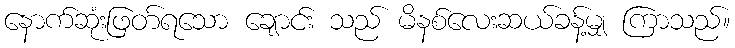
နောက်ဆုံးဖြတ်ရသော ချောင်း သည် မိနစ်လေးဆယ်ခန့်မျှ ကြာသည်။